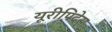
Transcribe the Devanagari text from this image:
यूरीपिदेस